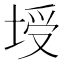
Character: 𰉻